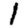
Digit: 1